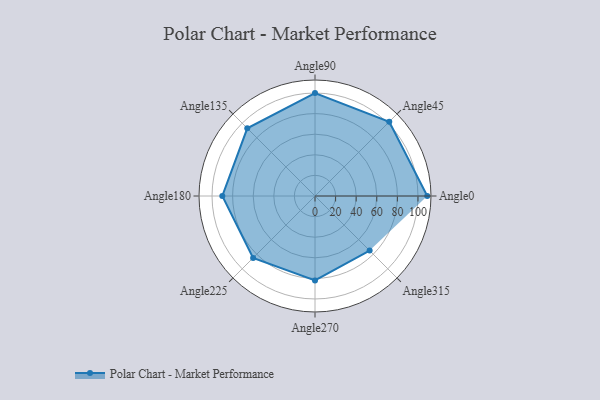
{"axis": {"x": "Angle", "y": "Radius"}, "legend": [""], "data": [{"x": "Angle0", "y": 109.0, "type": ""}, {"x": "Angle45", "y": 102.0, "type": ""}, {"x": "Angle90", "y": 100.0, "type": ""}, {"x": "Angle135", "y": 93.0, "type": ""}, {"x": "Angle180", "y": 90.0, "type": ""}, {"x": "Angle225", "y": 85.0, "type": ""}, {"x": "Angle270", "y": 82.0, "type": ""}, {"x": "Angle315", "y": 75.0, "type": ""}]}